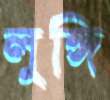
লুঙ্গি